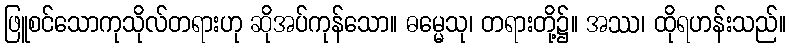
ဖြူစင်သောကုသိုလ်တရားဟု ဆိုအပ်ကုန်သော။ ဓမ္မေသု၊ တရားတို့၌။ အဿ၊ ထိုရဟန်းသည်။